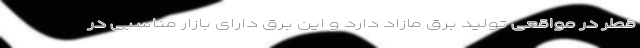
قطر در مواقعی تولید برق مازاد دارد و این برق دارای بازار مناسبی در